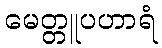
မေတ္တူပဟာရံ